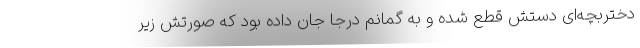
دختربچه‌ای دستش قطع شده و به گمانم درجا جان داده بود که صورتش زیر